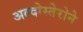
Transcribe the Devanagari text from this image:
अल्दोस्तेरोने